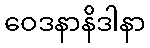
ဝေဒနာနိဒါနာ